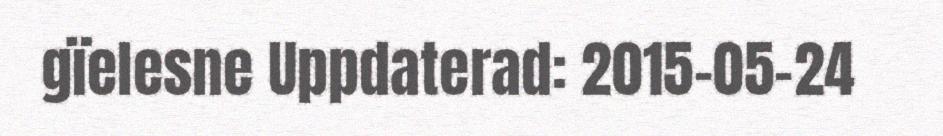
gïelesne Uppdaterad: 2015-05-24